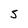
Character: S